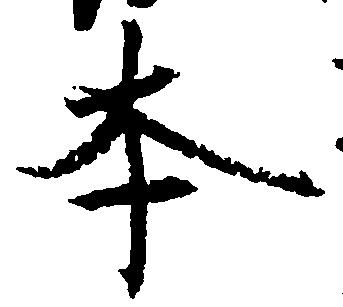
本